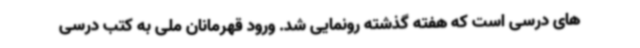
های درسی است که هفته گذشته رونمایی شد. ورود قهرمانان ملی به کتب درسی